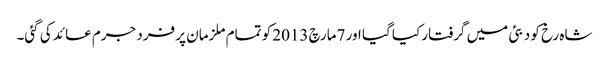
شاہ رخ کو دبئی میں گرفتار کیا گیا اور 7مارچ 2013 کو تمام ملزمان پر فرد جرم عائد کی گئی۔